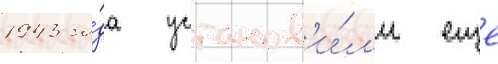
1943 го́да установ'и́л'и еще